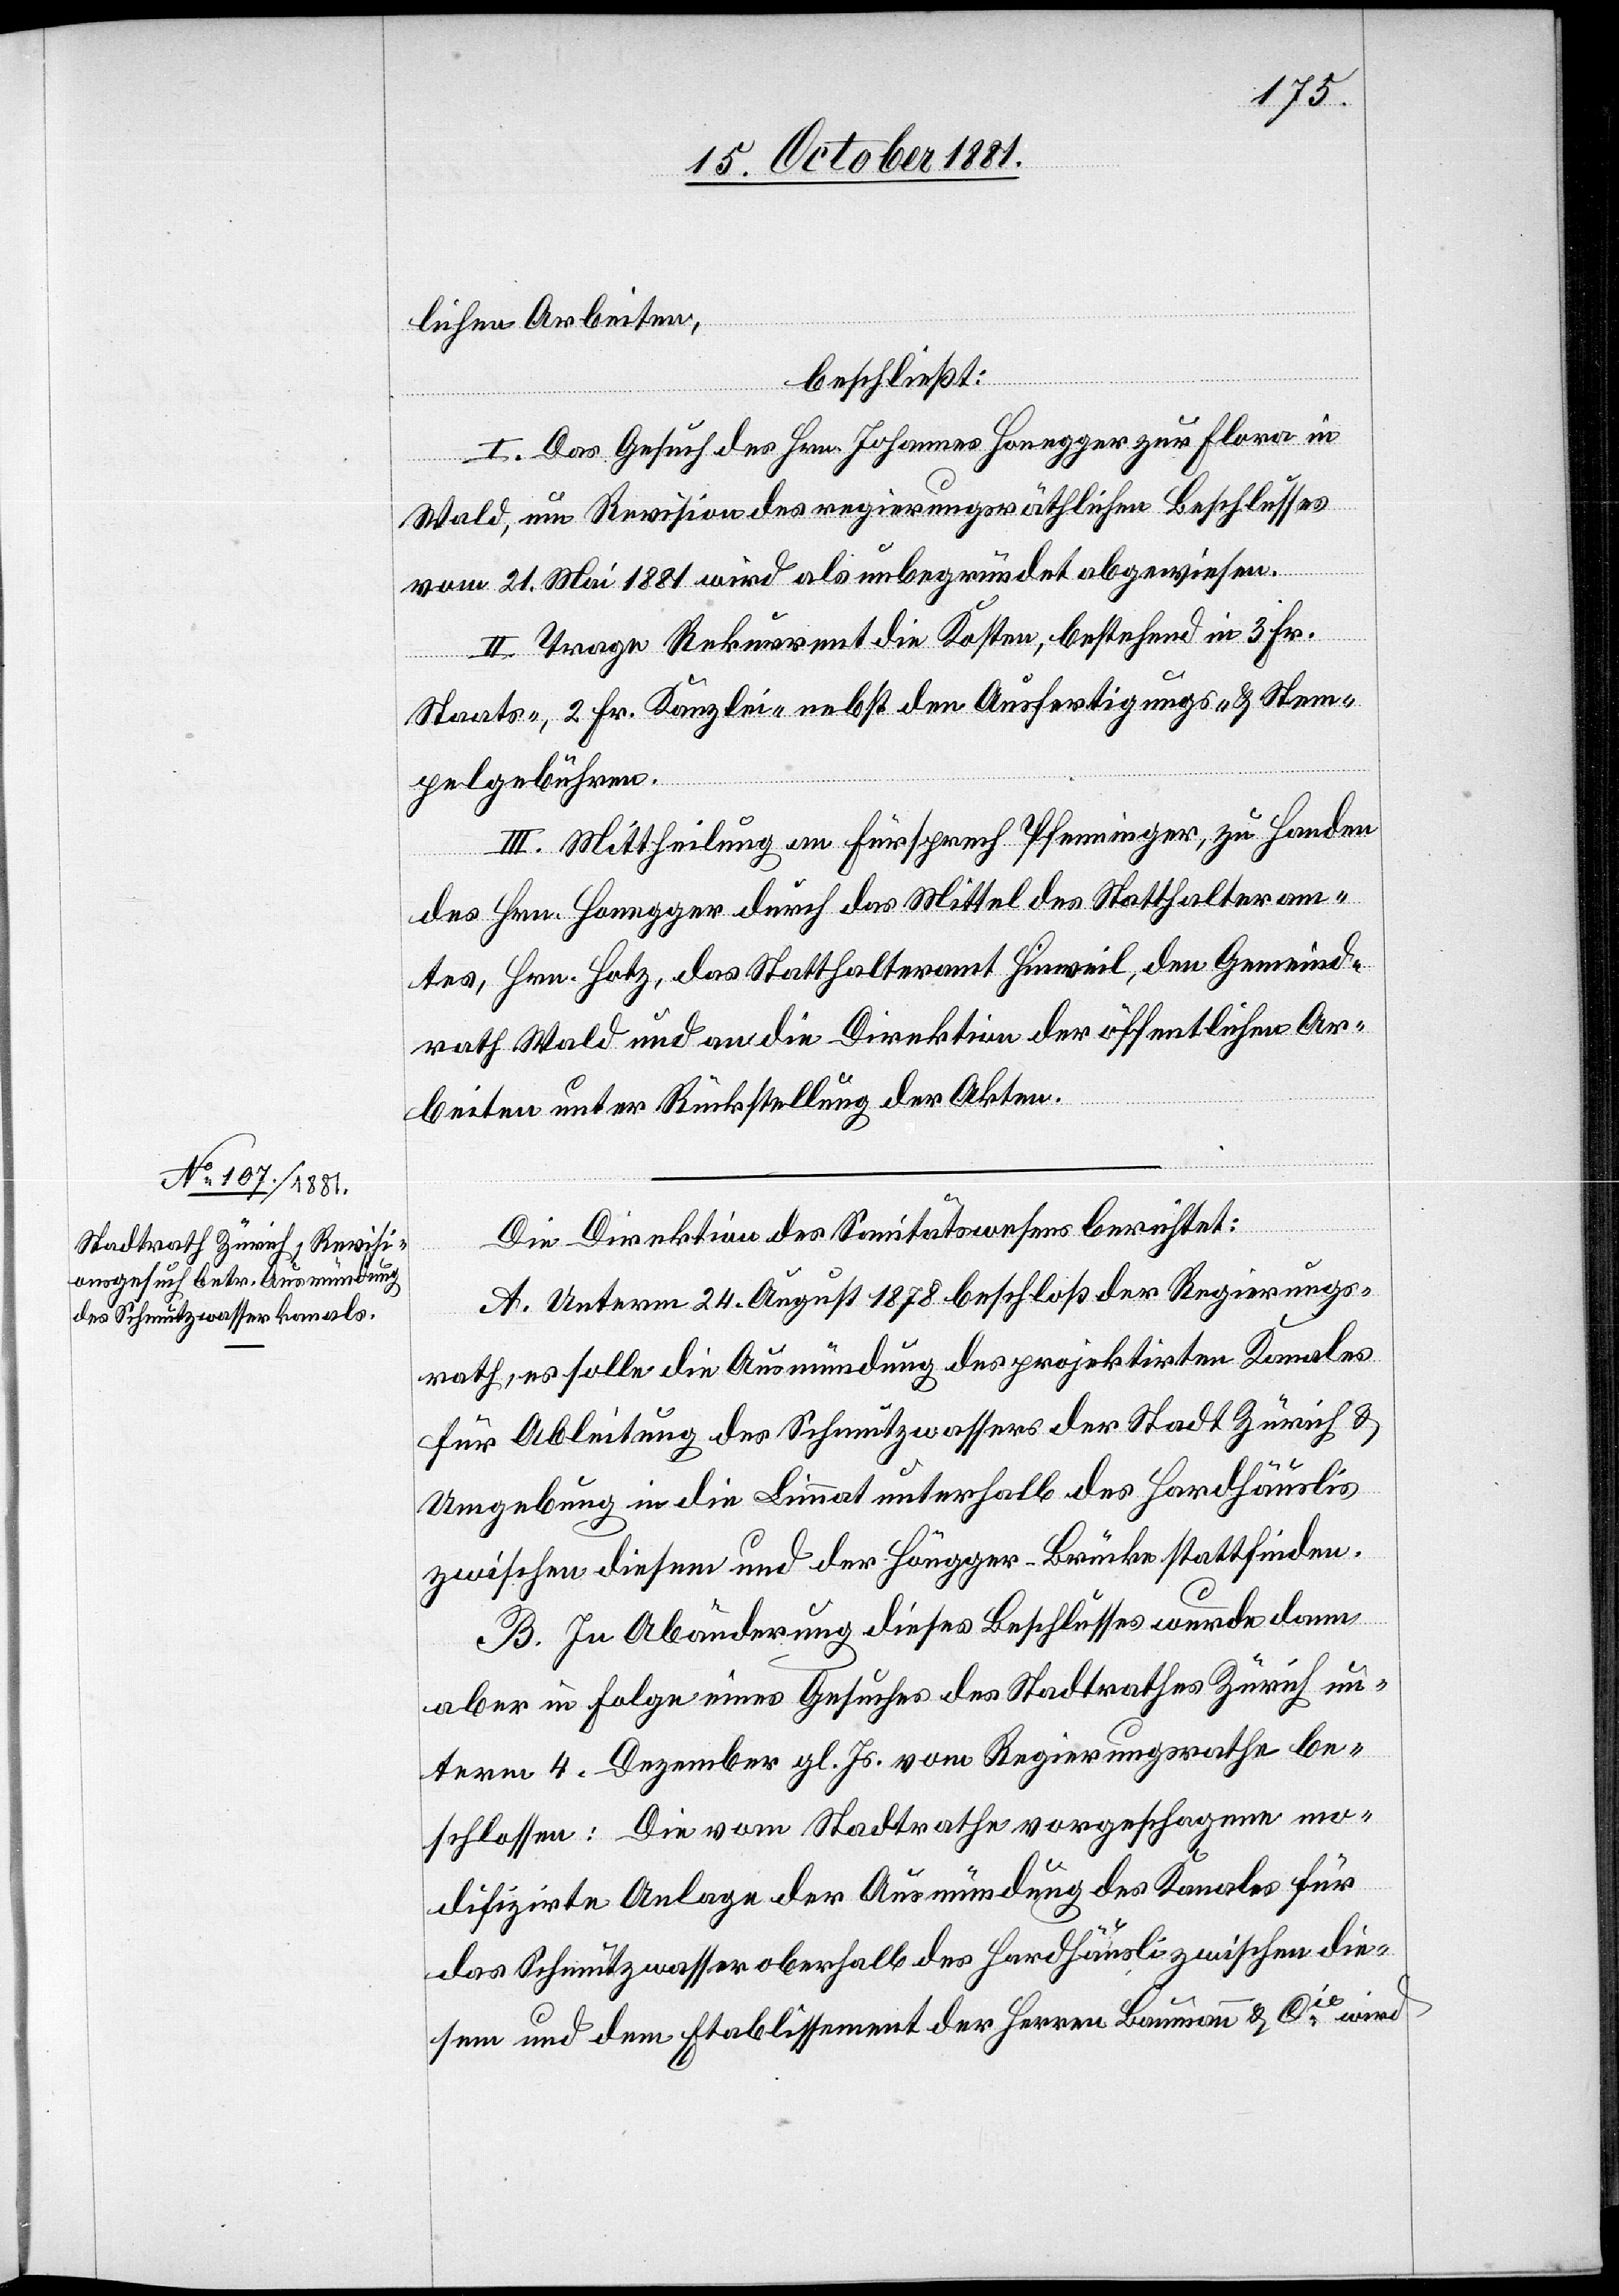
lichen Arbeiten,
beschließt:
I. Das Gesuch des Hrn. Johannes Honegger zur Flora in
Wald, um Revision des regierungsräthlichen Beschlusses
vom 21. Mai 1881 wird als unbegründet abgewiesen.
II. Trage Rekurrent die Kosten, bestehend in 3 Fr.
Staats-, 2 Fr. Kanzlei- nebst den Ausfertigungs- & Stem¬
pelgebühren.
III. Mittheilung an Fürsprech Pfenninger, zu Handen
des Hrn. Honegger durch das Mittel des Statthalteram¬
tes, Hrn. Hotz, das Statthalteramt Hinweil, den Gemeind¬
rath Wald und an die Direktion der öffentlichen Ar¬
beiten unter Rückstellung der Akten.
Die Direktion des Sanitätswesens berichtet:
A. Unterm 24. August 1878 beschloß der Regierungs¬
rath, es solle die Ausmündung des projektirten Kanals
für Ableitung des Schmutzwassers der Stadt Zürich &
Umgebung in die Limmat unterhalb des Hardhäuslis
zwischen diesem und der Höngger-Brücke stattfinden.
B. In Abänderung dieses Beschlusses wurde dann
aber in Folge eines Gesuches des Stadtrathes Zürich un¬
term 4. Dezember gl. Js. vom Regierungsrathe be¬
schlossen: die vom Stadtrathe vorgesch[l]agene mo¬
difizirte Anlage der Ausmündung des Kanals für
das Schmutzwasser oberhalb des Hardhäusli zwischen die¬
sem und dem Etablissement der Herrn Baumann & Cie wird